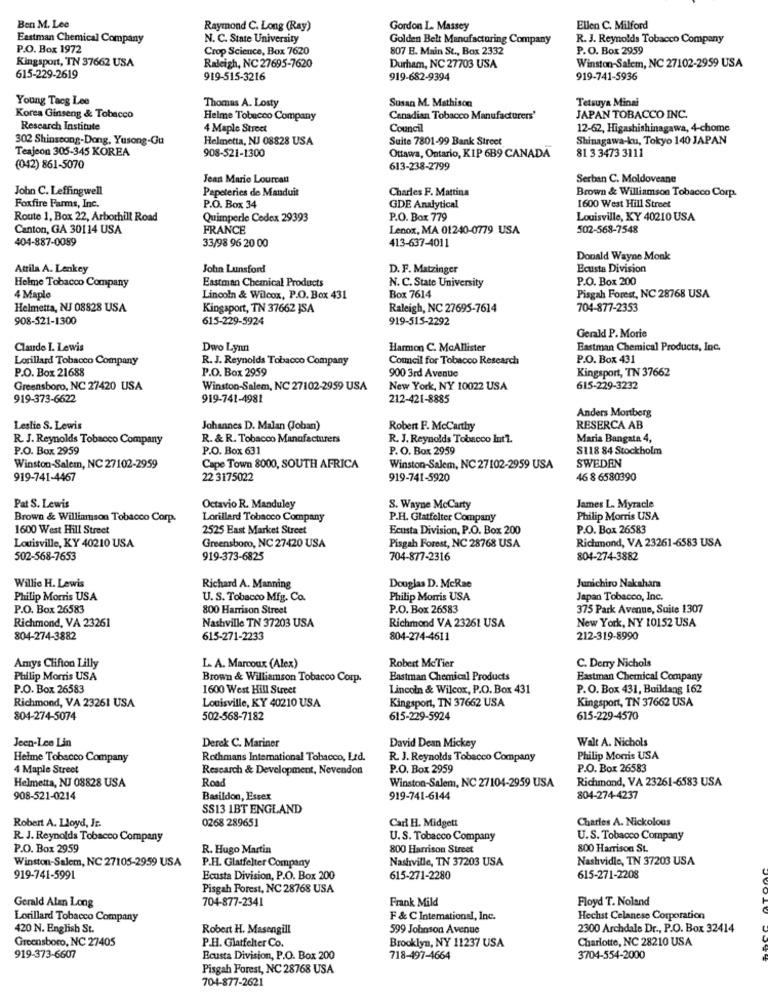
Ben M. Lee
Raymond C. Long (Ray)
Gordon L. Massey
Ellen C. Milford
Eastman Chemical Company
N. C. State University
Golden Belt Manufacturing Company
R. J. Reynolds Tobacco Company
P.O. Box 1972
Crop Science, Box 7620
807 B. Main St ., Box 2332
P.O. Box 2959
Kingsport, TN 37662 USA
Winston-Salem, NC 27102-2959 USA
Raleigh, NC 27695-7620
Durham, NC 27703 USA
615-229-2619
919-515-3216
919-682-9394
919-741-5936
Young Tacg Lee
Thomas A. Losty
Susan M. Mathison
Tetsuya Minal
Korea Ginseng & Tobacco
Helme Tobacco Company
Canadian Tobacco Manufacturers'
JAPAN TOBACCO INC.
Research Institute
4 Maple Street
Council
12-62, Higashishinagawa, 4-chome
302 Shinscong-Dong, Yusong-Gu
Helmetta, NJ 08828 USA
Suite 7801-99 Bank Street
Shinagawa-ku, Tokyo 140 JAPAN
Teajeon 305-345 KOREA
908-521-1300
Ottawa, Ontario, KIP 6B9 CANADA
81 3 3473 3111
(042) 861-5070
613-238-2799
Jean Marie Lourcan
Serban C. Moldoveane
John C. Leffingwell
Papeteries de Mauduit
Charles F. Mattina
Brown & Williamson Tobacco Corp.
Foxfire Farms, Inc.
P.O. Box 34
GDE Analytical
1600 West Hill Street
Route 1, Box 22, Arborhill Road
Quimperle Cedex 29393
P.O. Box 779
Louisville, KY 40210 USA
Canton, GA 30114 USA
FRANCE
Lenox, MA 01240-0779 USA
502-568-7548
404-887-0089
413-637-4011
33/98 96 20 00
Donald Wayne Monk
Attila A. Lenkey
John Lunsford
D. F. Matzinger
Ecusta Division
Eastman Chemical Products
N. C. State University
P.O. Box 200
Helme Tobacco Company
4 Maple
Lincoln & Wilcox, P.O. Box 431
Box 7614
Pisgah Forest, NC 28768 USA
Helmetta, NJ 08828 USA
Kingsport, TN 37662 JSA
Raleigh, NC 27695-7614
704-877-2353
908-521-1300
615-229-5924
919-515-2292
Gerald P. Morie
Claude I. Lewis
Dwo Lynn
Harmon C. McAllister
Eastman Chemical Products, Inc.
Lorillard Tobacco Company
R. J. Reynolds Tobacco Company
Council for Tobacco Research
P.O. Box 431
P.O. Box 21688
P.O. Box 2959
Kingsport, TN 37662
900 3rd Avenue
Greensboro, NC 27420 USA
Winston-Salem, NC 27102-2959 USA
New York, NY 10022 USA
615-229-3232
919-373-6622
919-741-4981
212-421-8885
Anders Mortberg
Leslie S. Lewis
Johannes D. Malan (Johan)
Robert F. McCarthy
RESERCA AB
R. J. Reynolds Tobacco Company
R. & R. Tobacco Manufacturers
R. J. Reynolds Tobacco Int'L
Maria Bangata 4,
P.O. Box 2959
P.O. Box 631
P. O. Box 2959
S118 84 Stockholm
SWEDEN
Winston-Salem, NC 27102-2959
Cape Town 8000, SOUTH AFRICA
Winston-Salem, NC 27102-2959 USA
919-741-4467
22 3175022
919-741-5920
46 8 6580390
Pat S. Lewis
Octavio R. Manduley
S. Wayne McCarty
James L. Myracle
Brown & Williamson Tobacco Corp.
Lorillard Tobacco Company
P.H. Glatfelter Company
Philip Morris USA
1600 West Hill Street
2525 East Market Street
Ecusta Division, P.O. Box 200
P.O. Box 26583
Pisgah Forest, NC 28768 USA
Richmond, VA 23261-6583 USA
Louisville, KY 40210 USA
Greensboro, NC 27420 USA
502-568-7653
919-373-6825
704-877-2316
804-274-3882
Willie H. Lewis
Richard A. Manning
Douglas D. McRae
Junichiro Nakahara
Philip Morris USA
U. S. Tobacco Mfg. Co.
Philip Morris USA
Japan Tobacco, Inc.
P.O. Box 26583
800 Harrison Street
P.O. Box 26583
375 Park Avenue, Suite 1307
Richmond, VA 23261
Nashville TN 37203 USA
Richmond VA 23261 USA
New York, NY 10152 USA
804-274-3882
615-271-2233
804-274-4611
212-319-8990
C. Derry Nichols
Amys Clifton Lilly
L. A. Marcoux (Alex)
Robert McTier
Philip Morris USA
Brown & Williamson Tobacco Corp.
Eastman Chemical Products
Eastman Chemical Company
P.O. Box 26583
1600 West Hill Street
Lincoln & Wilcox, P.O. Box 431
P.O. Box 431, Buildang 162
Kingsport, TN 37662 USA
Kingsport, TN 37662 USA
Richmond, VA 23261 USA
Louisville, KY 40210 USA
804-274-5074
502-568-7182
615-229-5924
615-229-4570
Jeen-Lee Lin
Walt A. Nichols
Derek C. Mariner
David Dean Mickey
Helme Tobacco Company
Rothmans International Tobacco, Ltd.
R. J. Reynolds Tobacco Company
Philip Morris USA
4 Maple Street
Research & Development, Nevendon
P.O. Box 2959
P.O. Box 26583
Helmetta, NJ 08828 USA
Road
Winston-Salem, NC 27104-2959 USA
Richmond, VA 23261-6583 USA
908-521-0214
Basildon, Essex
919-741-6144
804-274-4237
SS13 1BT ENGLAND
Robert A. Lloyd, Jr.
0268 289651
Carl H. Midgett
Charles A. Nickolous
R. J. Reynolds Tobacco Company
U.S. Tobacco Company
U.S. Tobacco Company
P.O. Box 2959
R. Hugo Martin
800 Harrison Street
800 Harrison St.
Winston-Salem, NC 27105-2959 USA
P.H. Glatfelter Company
Nashville, TN 37203 USA
Nashvidle, TN 37203 USA
919-741-5991
Ecusta Division, P.O. Box 200
615-271-2280
615-271-2208
Pisgah Forest, NC 28768 USA
Gerald Alan Long
704-877-2341
Frank Mild
Floyd T. Noland
Lorillard Tobacco Company
F & C International, Inc.
Hechst Celanese Corporation
420 N. English St.
Robert H. Masengill
599 Johnson Avenue
2300 Archdale Dr ., P.O. Box 32414
Greensboro, NC 27405
Charlotte, NC 28210 USA
P.H. Glatfelter Co.
Brooklyn, NY 11237 USA
919-373-6607
Ecusta Division, P.O. Box 200
718-497-4664
3704-554-2000
Pisgah Forest, NC 28768 USA
704-877-2621